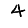
Digit: 4